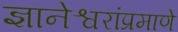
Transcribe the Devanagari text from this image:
ज्ञानेश्वरांप्रमाणे